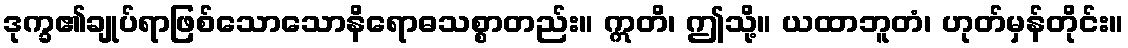
ဒုက္ခ၏ချုပ်ရာဖြစ်သောသောနိရောဓသစ္စာတည်း။ ဣတိ၊ ဤသို့။ ယထာဘူတံ၊ ဟုတ်မှန်တိုင်း။